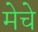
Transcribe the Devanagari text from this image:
मेचे